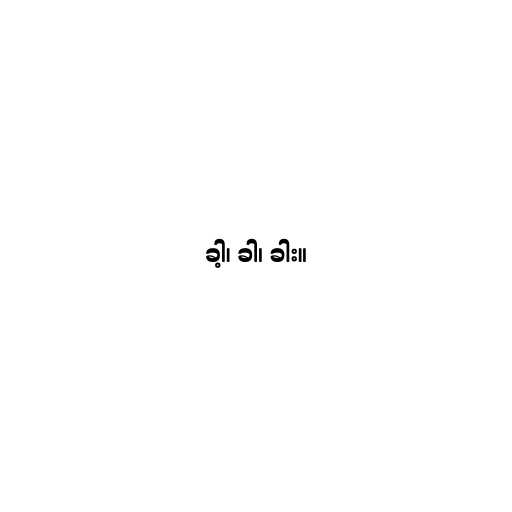
ခါ့၊ ခါ၊ ခါး။